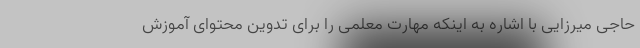
حاجی میرزایی با اشاره به اینکه مهارت معلمی را برای تدوین محتوای آموزش